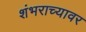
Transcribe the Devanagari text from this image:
शंभराच्यावर